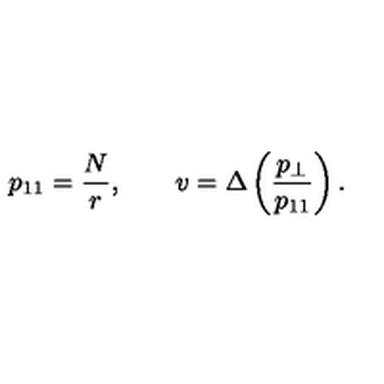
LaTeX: p _ { 1 1 } = \frac { N } { r } , \qquad v = \Delta \left( \frac { p _ { \perp } } { p _ { 1 1 } } \right) .